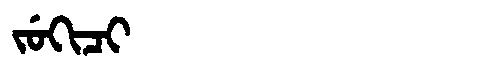
Manchu: ᠵᡠᡴᡳᠴᡳ
Romanization: JUKICI